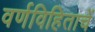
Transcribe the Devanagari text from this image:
वर्णविहिताचें